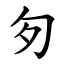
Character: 匇